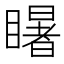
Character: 𭿦